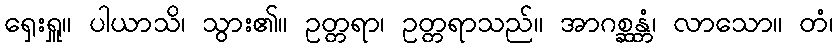
ရှေးရှူ။ ပါယာသိ၊ သွား၏။ ဥတ္တရာ၊ ဥတ္တရာသည်။ အာဂစ္ဆန္တံ၊ လာသော။ တံ၊